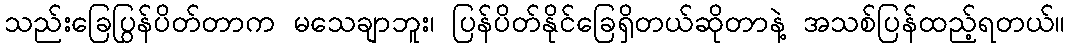
သည်းခြေပြွန်ပိတ်တာက မသေချာဘူး၊ ပြန်ပိတ်နိုင်ခြေရှိတယ်ဆိုတာနဲ့ အသစ်ပြန်ထည့်ရတယ်။